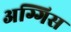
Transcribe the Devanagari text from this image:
अग्गिस